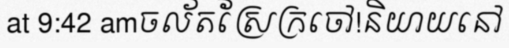
at 9:42 amចល័តស្រែក្រចៅ!និយាយនៅ